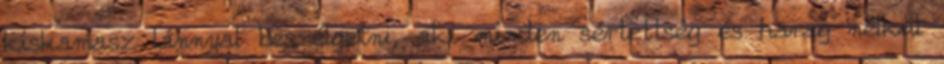
kiskamasz lánnyal beszélgetni, aki minden sértettség és harag nélkül